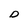
Character: O